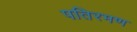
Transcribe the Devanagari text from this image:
पतिरमण